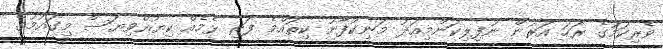
ވެރިކަމުގެ ރަހަ އަރުން ނުފިލިކަންމިއަދު މަނިކުފާނު ކިތައްމެ ފަރި ޅެމެއް ކިޔުއްވިޔަސް މިގައުމުގެ